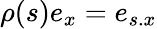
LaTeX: \rho(s)e_{x}=e_{s.x}